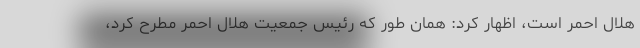
هلال احمر است، اظهار کرد: همان طور که رئیس جمعیت هلال احمر مطرح کرد،